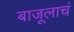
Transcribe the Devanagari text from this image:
बाजूलाचं